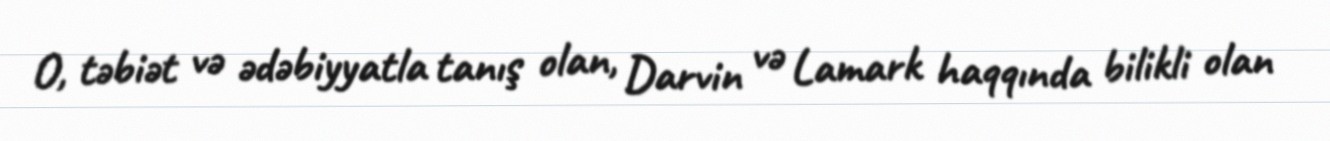
O, təbiət və ədəbiyyatla tanış olan, Darvin və Lamark haqqında bilikli olan